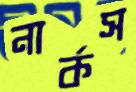
নার্কস